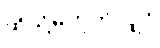
ထိုသို့မဟုတ်လျှင်